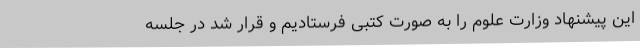
این پیشنهاد وزارت علوم را به صورت کتبی فرستادیم و قرار شد در جلسه